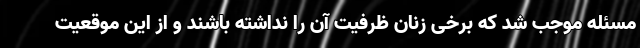
مسئله موجب شد که برخی زنان ظرفیت آن را نداشته باشند و از این موقعیت